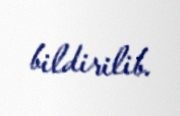
bildirilib.